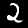
Label: 2